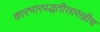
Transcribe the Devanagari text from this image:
कारभारपद्धतीसारखीच